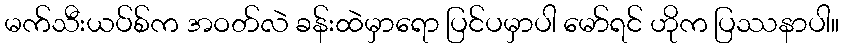
မက်သီးယပ်စ်က အဝတ်လဲ ခန်းထဲမှာရော ပြင်ပမှာပါ မော်ရင် ဟိုက ပြဿနာပါ။